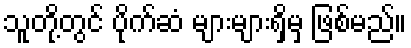
သူတို့တွင် ပိုက်ဆံ များများရှိမှ ဖြစ်မည်။